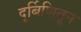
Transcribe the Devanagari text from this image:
दूर्बिणितून